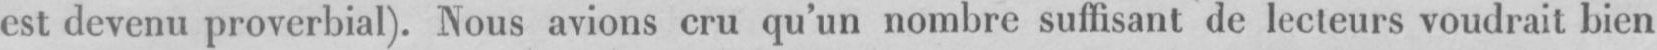
est devenu proverbial). Nous avions cru qu’un nombre suffisant de lecteurs voudrait bien